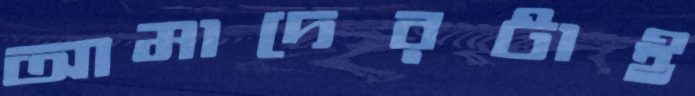
আমাদেরটাই